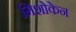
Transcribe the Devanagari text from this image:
मिशोकेन